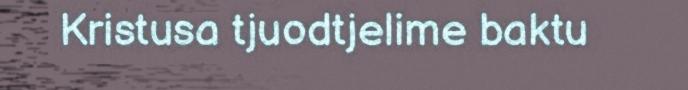
Kristusa tjuodtjelime baktu